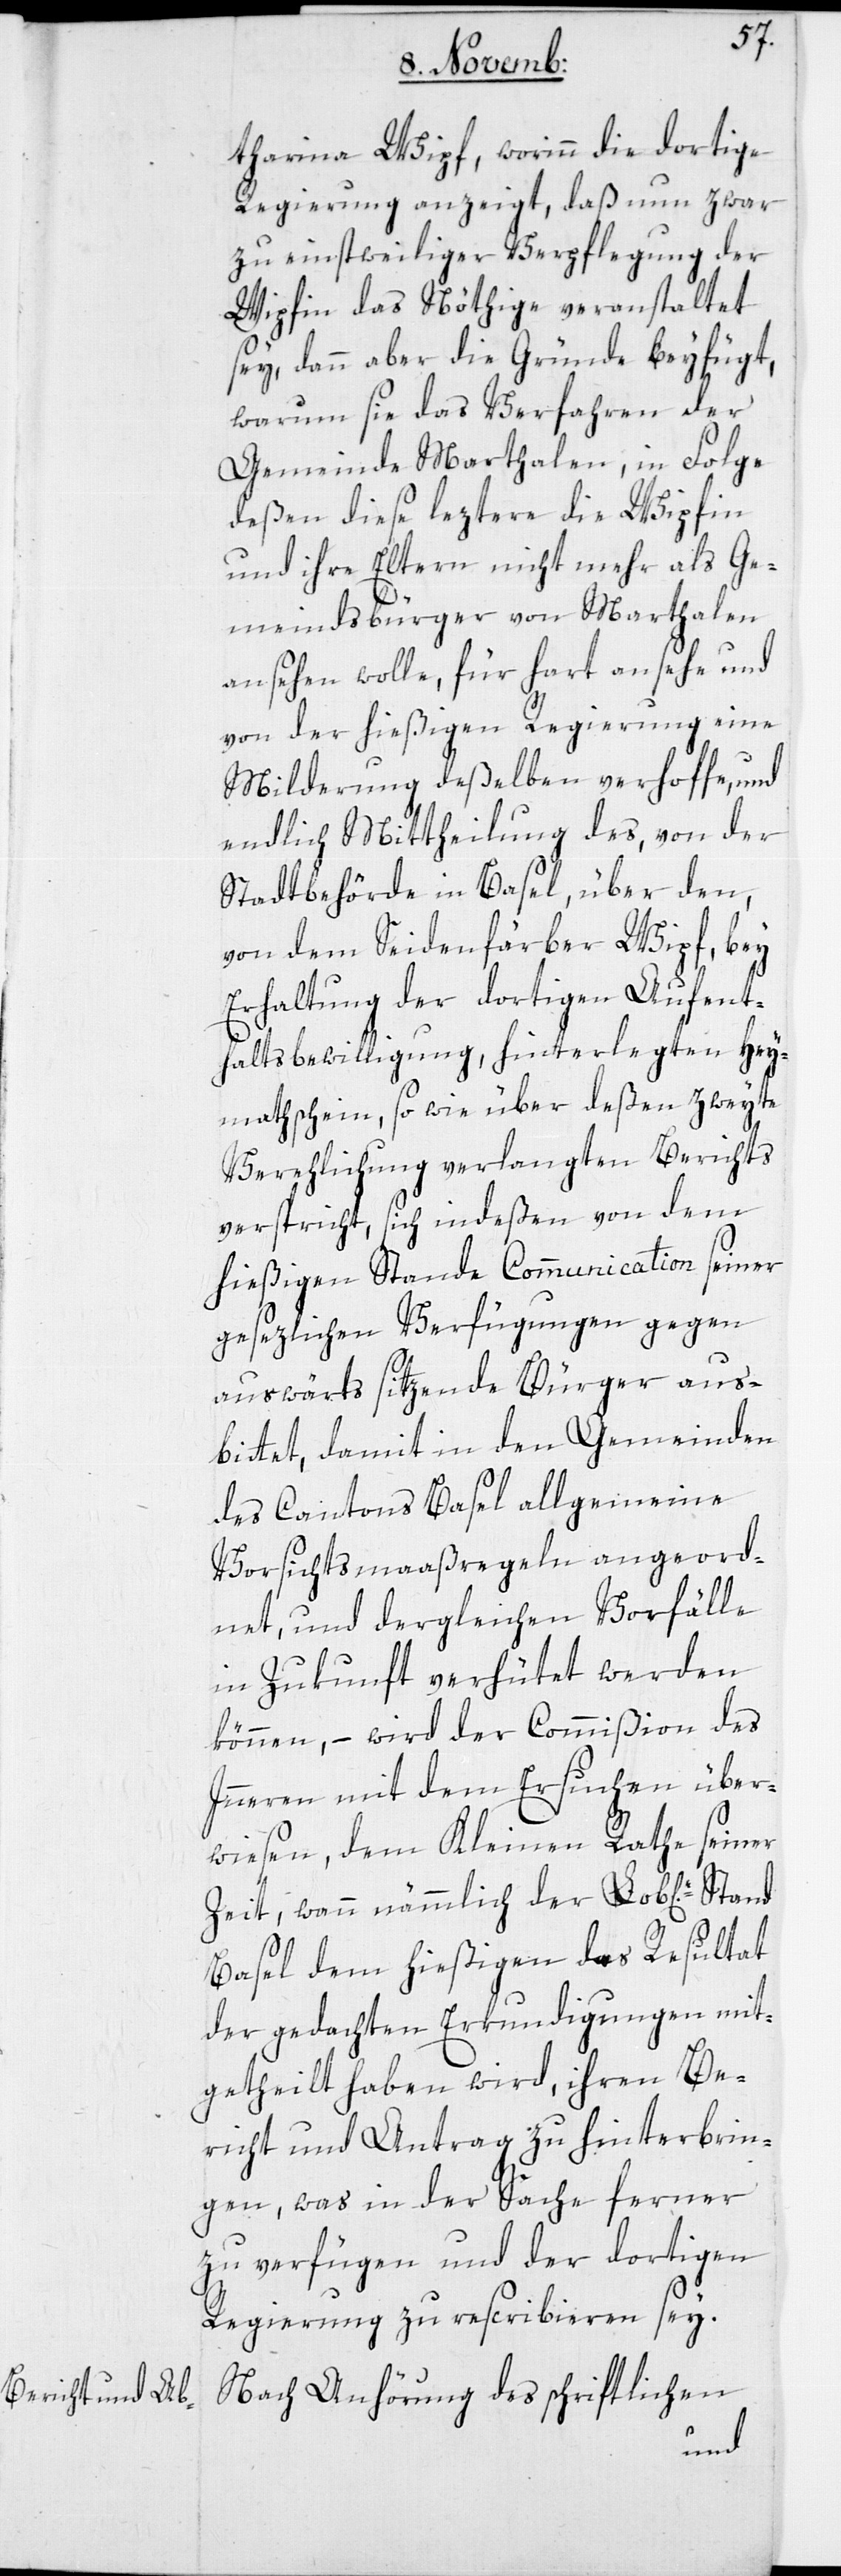
tharina Wipf, worinn die dortige
Regierung anzeigt, daß nun zwar
zu einstweiliger Verpflegung der
Wipfin das nöthige veranstaltet
sey, dann aber die Gründe beyfügt,
warum sie das Verfahren der
Gemeinde Marthalen, in Folge
deßen diese leztere Wipfin
und ihre Eltern nicht mehr als Ge¬
meindsbürger von Marthalen
ansehen wolle, für hart ansehe und
von der hießigen Regierung eine
Milderung deßelben verhoffe, und
endlich Mittheilung des, von der
Stadtbehörde in Basel, über den,
von dem Seidenfärber Wipf, bey
Erhaltung der dortigen Aufent¬
haltsbewilligung, hinterlegten Hey¬
mathschein, sowie über deßen zweyte
Verehelichung verlangten Berichts
verspricht, sich indeßen von dem
hießigen Stande Communication seiner
gesezlichen Verfügungen gegen
auswärts sitzende Bürger aus¬
bittet, damit in den Gemeinden
des Cantons Basel allgemeine
Vorsichtsmaßregeln angeord¬
net, und dergleichen Vorfälle
in Zukunft verhütet werden
können, – wird der Commißion des
Inneren mit dem Ersuchen über¬
wiesen, dem Kleinen Rathe seiner
Zeit, wann nämmlich der Lob[liche]
Basel dem hießigen das Resultat
der gedachten Erkundigungen mit¬
getheilt haben wird, ihren Be¬
richt und Antrag zu hinterbrin¬
gen, was in der Sache ferner
zu verfügen und der dortigen
Regierung zu rescribieren sey.
Nach Anhörung des schriftlichen